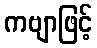
ကဗျာဖြင့်